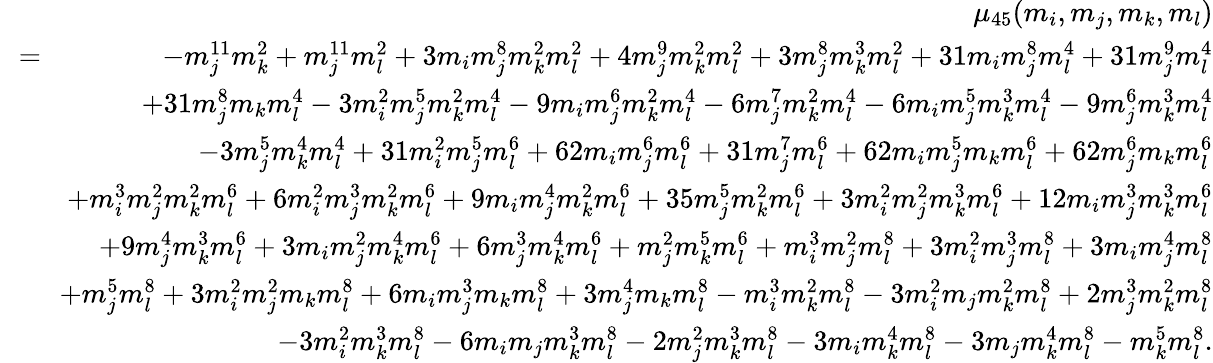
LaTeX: \begin{array}{rlr}&{}&{\mu_{45}(m_{i},m_{j},m_{k},m_{l})}\\ &{\! \! =\! \! }&{-m_{j}^{11}m_{k}^{2}+m_{j}^{11}m_{l}^{2}+3m_{i}m_{j}^{8}m_{k}^{2}m_{l}^{2}+4m_{j}^{9}m_{k}^{2}m_{l}^{2}+3m_{j}^{8}m_{k}^{3}m_{l}^{2}+31m_{i}m_{j}^{8}m_{l}^{4}+31m_{j}^{9}m_{l}^{4}}\\ &{}&{+31m_{j}^{8}m_{k}m_{l}^{4}-3m_{i}^{2}m_{j}^{5}m_{k}^{2}m_{l}^{4}-9m_{i}m_{j}^{6}m_{k}^{2}m_{l}^{4}-6m_{j}^{7}m_{k}^{2}m_{l}^{4}-6m_{i}m_{j}^{5}m_{k}^{3}m_{l}^{4}-9m_{j}^{6}m_{k}^{3}m_{l}^{4}}\\ &{}&{-3m_{j}^{5}m_{k}^{4}m_{l}^{4}+31m_{i}^{2}m_{j}^{5}m_{l}^{6}+62m_{i}m_{j}^{6}m_{l}^{6}+31m_{j}^{7}m_{l}^{6}+62m_{i}m_{j}^{5}m_{k}m_{l}^{6}+62m_{j}^{6}m_{k}m_{l}^{6}}\\ &{}&{+m_{i}^{3}m_{j}^{2}m_{k}^{2}m_{l}^{6}+6m_{i}^{2}m_{j}^{3}m_{k}^{2}m_{l}^{6}+9m_{i}m_{j}^{4}m_{k}^{2}m_{l}^{6}+35m_{j}^{5}m_{k}^{2}m_{l}^{6}+3m_{i}^{2}m_{j}^{2}m_{k}^{3}m_{l}^{6}+12m_{i}m_{j}^{3}m_{k}^{3}m_{l}^{6}}\\ &{}&{+9m_{j}^{4}m_{k}^{3}m_{l}^{6}+3m_{i}m_{j}^{2}m_{k}^{4}m_{l}^{6}+6m_{j}^{3}m_{k}^{4}m_{l}^{6}+m_{j}^{2}m_{k}^{5}m_{l}^{6}+m_{i}^{3}m_{j}^{2}m_{l}^{8}+3m_{i}^{2}m_{j}^{3}m_{l}^{8}+3m_{i}m_{j}^{4}m_{l}^{8}}\\ &{}&{+m_{j}^{5}m_{l}^{8}+3m_{i}^{2}m_{j}^{2}m_{k}m_{l}^{8}+6m_{i}m_{j}^{3}m_{k}m_{l}^{8}+3m_{j}^{4}m_{k}m_{l}^{8}-m_{i}^{3}m_{k}^{2}m_{l}^{8}-3m_{i}^{2}m_{j}m_{k}^{2}m_{l}^{8}+2m_{j}^{3}m_{k}^{2}m_{l}^{8}}\\ &{}&{-3m_{i}^{2}m_{k}^{3}m_{l}^{8}-6m_{i}m_{j}m_{k}^{3}m_{l}^{8}-2m_{j}^{2}m_{k}^{3}m_{l}^{8}-3m_{i}m_{k}^{4}m_{l}^{8}-3m_{j}m_{k}^{4}m_{l}^{8}-m_{k}^{5}m_{l}^{8}.}\end{array}